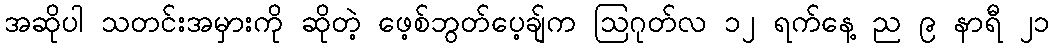
အဆိုပါ သတင်းအမှားကို ဆိုတဲ့ ဖေ့စ်ဘွတ်ပေ့ချ်က ဩဂုတ်လ ၁၂ ရက်နေ့ ည ၉ နာရီ ၂၁